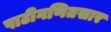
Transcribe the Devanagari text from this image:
पाटीगणितसार